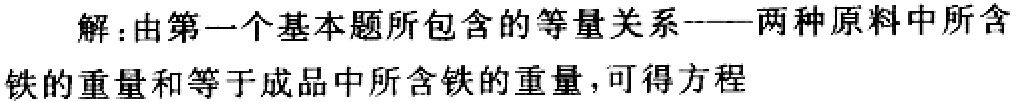
解：由第一个基本题所包含的等量关系——两种原料中所含铁的重量和等于成品中所含铁的重量，可得方程